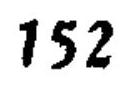
$152$